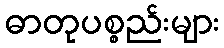
ဓာတုပစ္စည်းများ